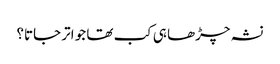
نشہ چڑھا ہی کب تھا جو اتر جاتا؟